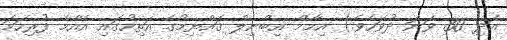
އަދި 30 ވަނަ ދުވަހެވެ.) އިމާމް އިބްނިލް ޤައްޔިމުގެ އަތިހުގައި އެއްމެ ފުރިހަމަ